Annual report on the lock hospitals of the Madras Presidency
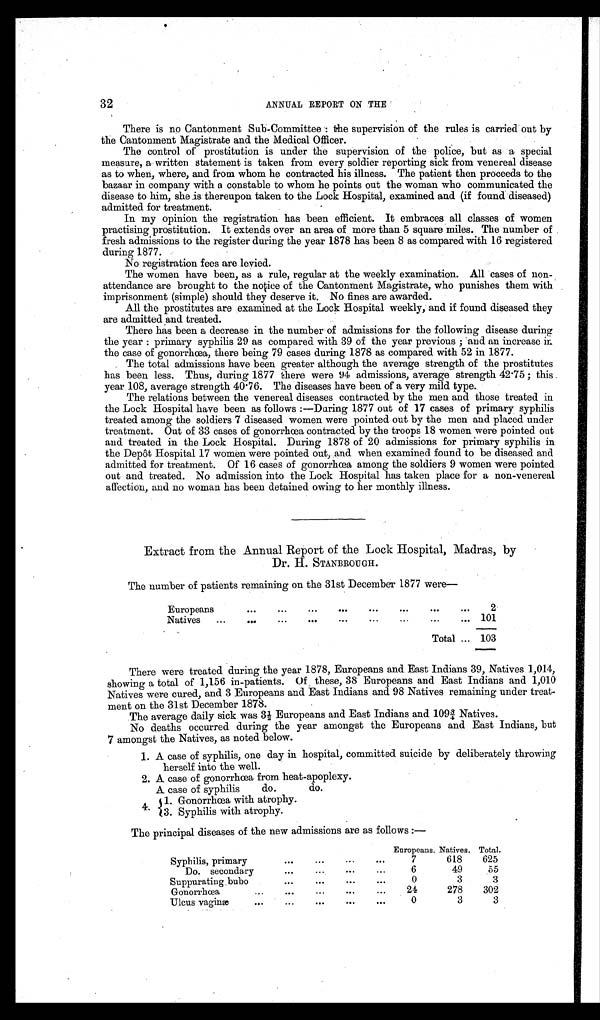
32
ANNUAL REPORT ON THE
There is no Cantonment Sub-Committee : the supervision of the rules is carried out by
the Cantonment Magistrate and the Medical Officer.
The control of prostitution is under the supervision of the police, but as a special
measure, a written statement is taken from every soldier reporting sick from venereal disease
as to when, where, and from whom he contracted his illness. The patient then proceeds to the
bazaar in company with a constable to whom he points out the woman who communicated the
disease to him, she is thereupon taken to the Lock Hospital, examined and (if found diseased)
admitted for treatment.
In my opinion the registration has been efficient. It embraces all classes of women
practising prostitution. It extends over an area of more than 5 square miles. The number of
fresh admissions to the register during the year 1878 has been 8 as compared with 16 registered
during 1877.
No registration fees are levied.
The women have been, as a rule, regular at the weekly examination. All cases of non-
attendance are brought to the notice of the Cantonment Magistrate, who punishes them with
imprisonment (simple) should they deserve it. No fines are awarded.
All the prostitutes are examined at the Lock Hospital weekly, and if found diseased they
are admitted and treated.
There has been a decrease in the number of admissions for the following disease during
the year : primary syphilis 29 as compared with 39 of the year previous ; and an increase in
the case of gonorrhœa, there being 79 cases during 1878 as compared with 52 in 1877.
The total admissions have been greater although the average strength of the prostitutes
has been less. Thus, during 1877 there were 94 admissions, average strength 42.75 ; this
year 108, average strength 40.76. The diseases have been of a very mild type.
The relations between the venereal diseases contracted by the men and those treated in
the Lock Hospital have been as follows :—During 1877 out of 17 cases of primary syphilis
treated among the soldiers 7 diseased women were pointed out by the men and placed under
treatment. Out of 33 cases of gonorrhœa contracted by the troops 18 women were pointed out
and treated in the Lock Hospital. During 1878 of 20 admissions for primary syphilis in
the Depôt Hospital 17 women were pointed out, and when examined found to be diseased and
admitted for treatment. Of 16 cases of gonorrhœa, among the soldiers 9 women were pointed
out and treated. No admission into the Lock Hospital has taken place for a non-venereal
affection, and no woman has been detained owing to her monthly illness.
Extract from the Annual Report of the Lock Hospital, Madras, by
Dr. H. STANBROUGH.
The number of patients remaining on the 31st December 1877 were—
Europeans
...
...
...
...
. . .
2
Natives
...
...
... 101
Total ... 103
There were treated during the year 1878, Europeans and East Indians 39, Natives 1,014,
showing a total of 1,156 in-patients. Of these, 38 Europeans and East Indians and 1,010
Natives were cured, and 3 Europeans and East Indians and 98 Natives remaining under treat-
ment on the 31st December 1878.
The average daily sick was 3½ Europeans and East Indians and 109¾ Natives.
No deaths occurred during the year amongst the Europeans and East Indians, but
7 amongst the Natives, as noted below.
1. A case of syphilis, one day in hospital, committed suicide by deliberately throwing
herself into the well.
2. A case of gonorrhœa from heat-apoplexy.
A case of syphilis do. do.
4. 1. Gonorrhœa with atrophy.
3. Syphilis with atrophy.
The principal diseases of the new admissions are as follows :—
Europeans. Natives. Total.
Syphilis, primary
...
...
...
...
7
618
625
6
49
55
Do. secondary
...
...
...
0
3
3
Suppurating bubo
...
...
...
. . .
24
278
302
Gonorrhœa...
...
...
...
0
3
3
Ulcus vaginæ
...
...
...
...
. . .